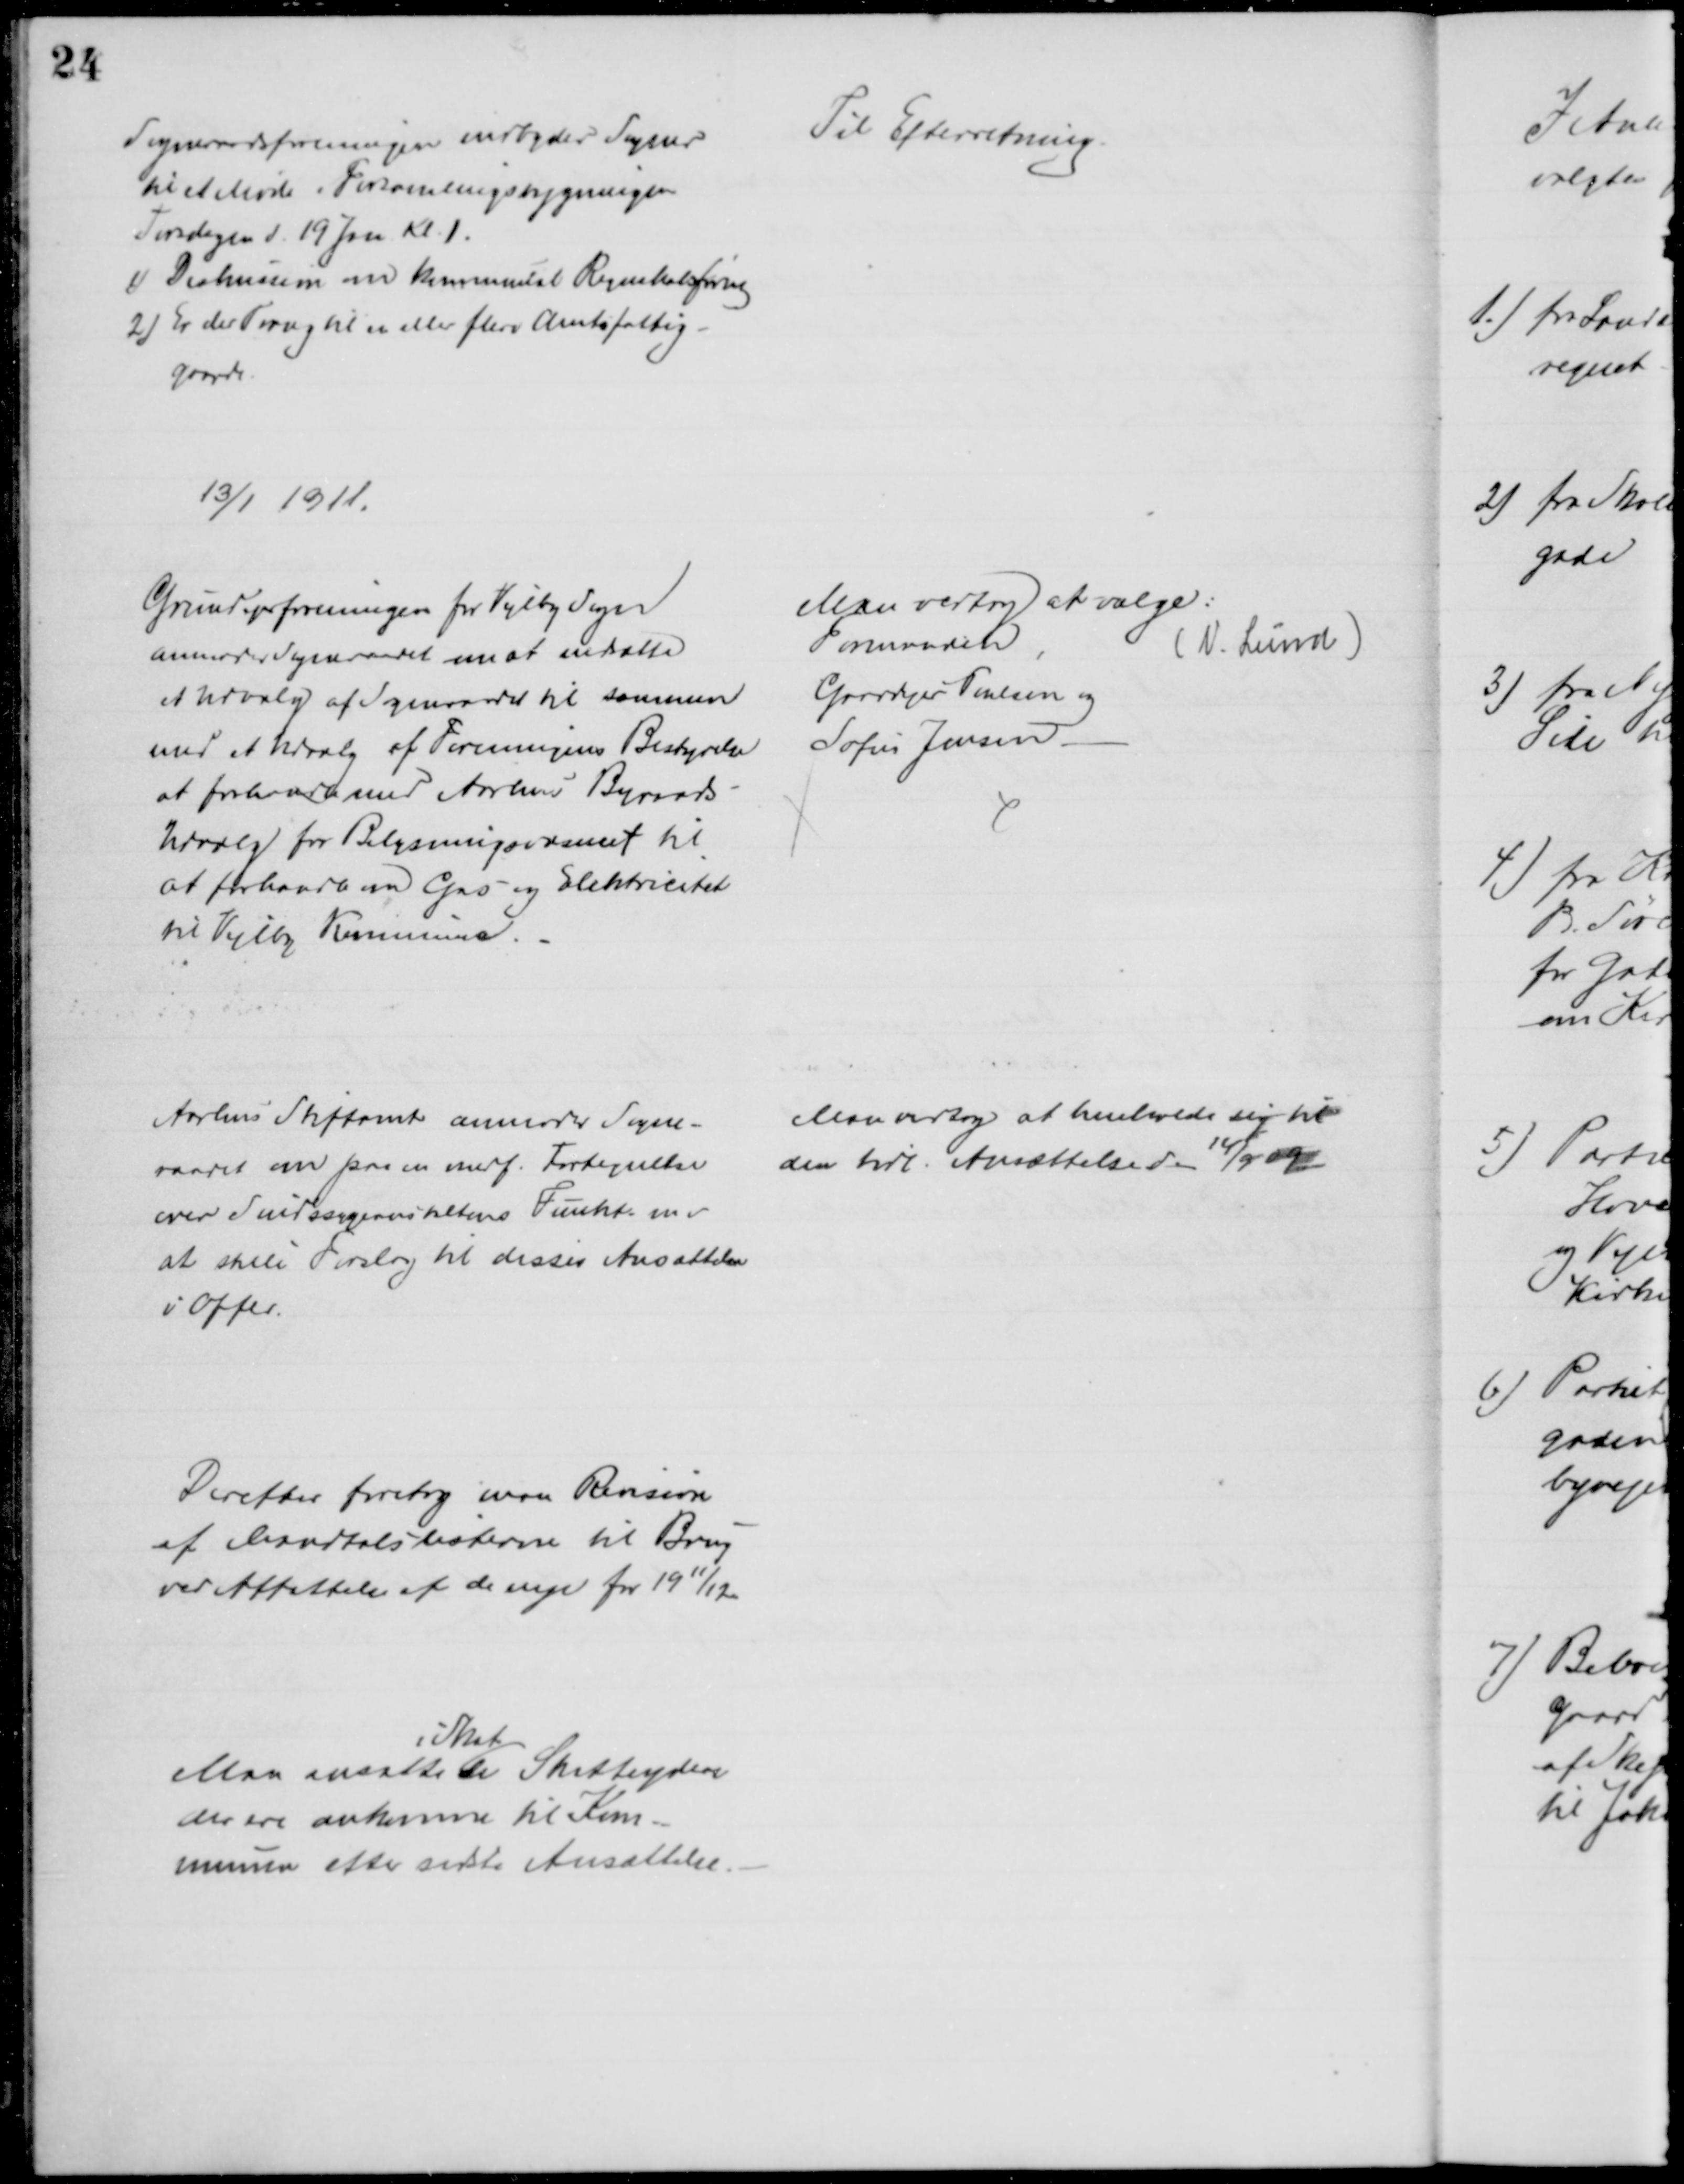
Transskription:
Sogneraadsforeningen indbyder Sogner
til et Møde i Forsamlingsbygningen
Tirsdagen d. 19 Jan. Kl. 1.
1) Diskussion om Kommunal Regnskabsføring
2) Er der Trang til et eller flere Amtsfattig-
gaarde.
Til Efterretning.
13/1 1911
Grundejerforeningen for Vejlby Sogn
anmoder Sogneraadet om at nedsætte
et Udvalg af Sogneraadet til sammen
med et Udvalg af Foreningens Bestyrelse
at forhandle med Aarhus Byraads
Udvalg for Belysningsvæsenet til
at forhandle om Gas og Elektricitet
til Vejlby Kommune.
Man vedtog at vælge:
Formanden
(A. Lund)
Gaardejer Poulsen og
Sofus Jensen
Aarhus Stiftamt anmoder Sogne-
raadet om paa en medf. Fortegnelse
over Sindssygeanstaltens Funkt m. v.
at stille Forslag til disses Ansættelse
i Offer.
Man vedtog at henholde sig til 
den tidl. Ansættelse d. 14/9 09
Derefter foretog man Revision
af Mandtalslisterne til Brug
ved Affattelse af de nye for 1911/12
Man ansatte 
i Skat
de Skatteydere
der ere ankomne til Kom-
munen efter sidste Ansættelse.